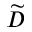
\widetilde { D }